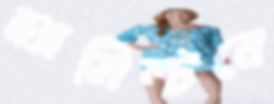
হ্যামিল্টনে